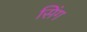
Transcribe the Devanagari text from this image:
सिंग